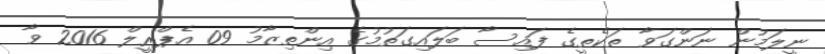
ނީލަމުން ނަންގަވާ ތަކެތީގެ ފައިސާ ބަލައިގަތުމުގެ އިންތިޒާމު 09 އެޕްރީލް 2016 ވާ